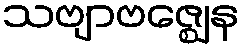
သဗျာဗဇ္ဈေန